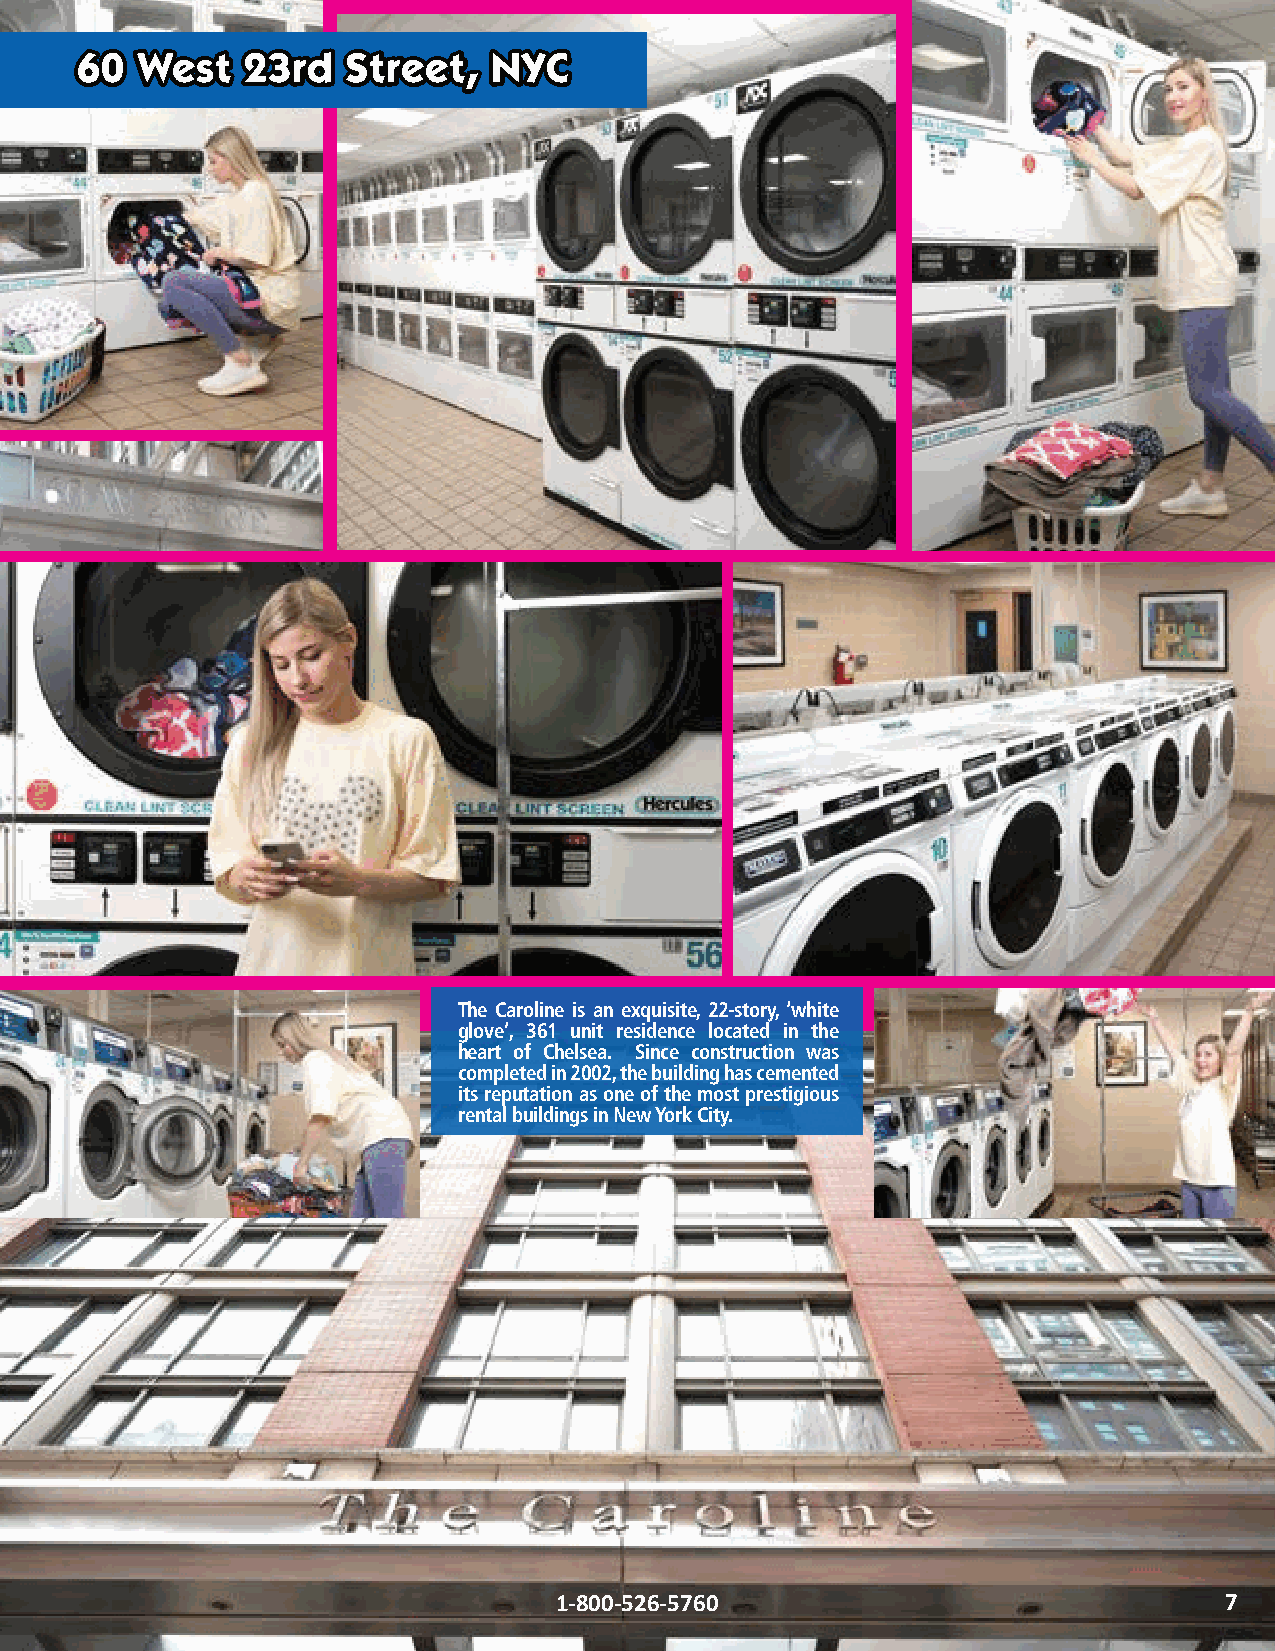
6600 WWeesstt 2233rrdd SSttrreeeett,, NNYYCC
 The Caroline is an exquisite, 22-story, ‘white
 glove’, 361 unit residence located in the
 heart of Chelsea. Since construction was
 completed in 2002, the building has cemented
 its reputation as one of the most prestigious
 rental buildings in New York City.
 1-800-526-5760                              7